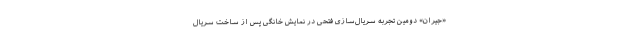
«جیران» دومین تجربه سریال‌سازی فتحی در نمایش خانگی پس از ساخت سریال